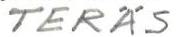
TERÄS